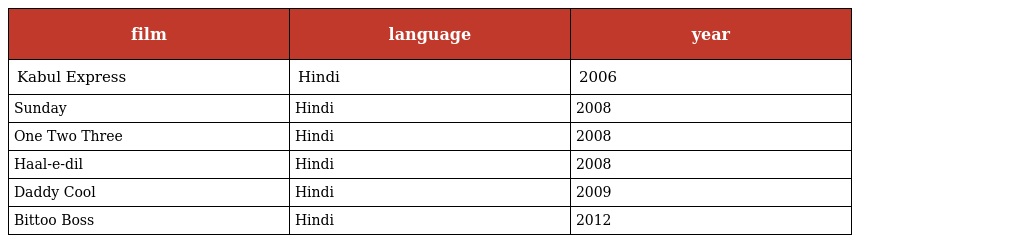
| film | language | year |
 | --- | --- | --- |
 | Kabul Express | Hindi | 2006 |
 | Sunday | Hindi | 2008 |
 | One Two Three | Hindi | 2008 |
 | Haal-e-dil | Hindi | 2008 |
 | Daddy Cool | Hindi | 2009 |
 | Bittoo Boss | Hindi | 2012 |